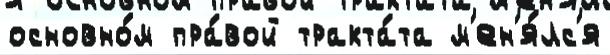
основно́м пра́вой тракта́та м'ен'я́лс'я